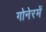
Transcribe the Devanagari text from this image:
गोनेरमें